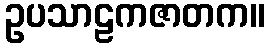
ဥပသာဠကဇာတက။